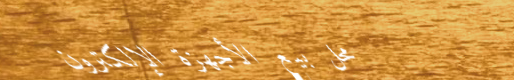
محل بيع الأجهزة الإلكترون